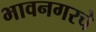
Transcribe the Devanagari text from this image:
भावनगरचे